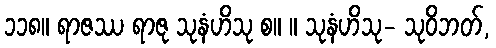
၁၁၈။ ရာဇဿ ရာဇု သုနံဟိသု စ။ ။ သုနံဟိသု- သုဝိဘတ်,